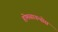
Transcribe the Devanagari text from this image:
होमसायन्सेस